NAE_ERA_R-2362_Emakeele_Selts, lk 38
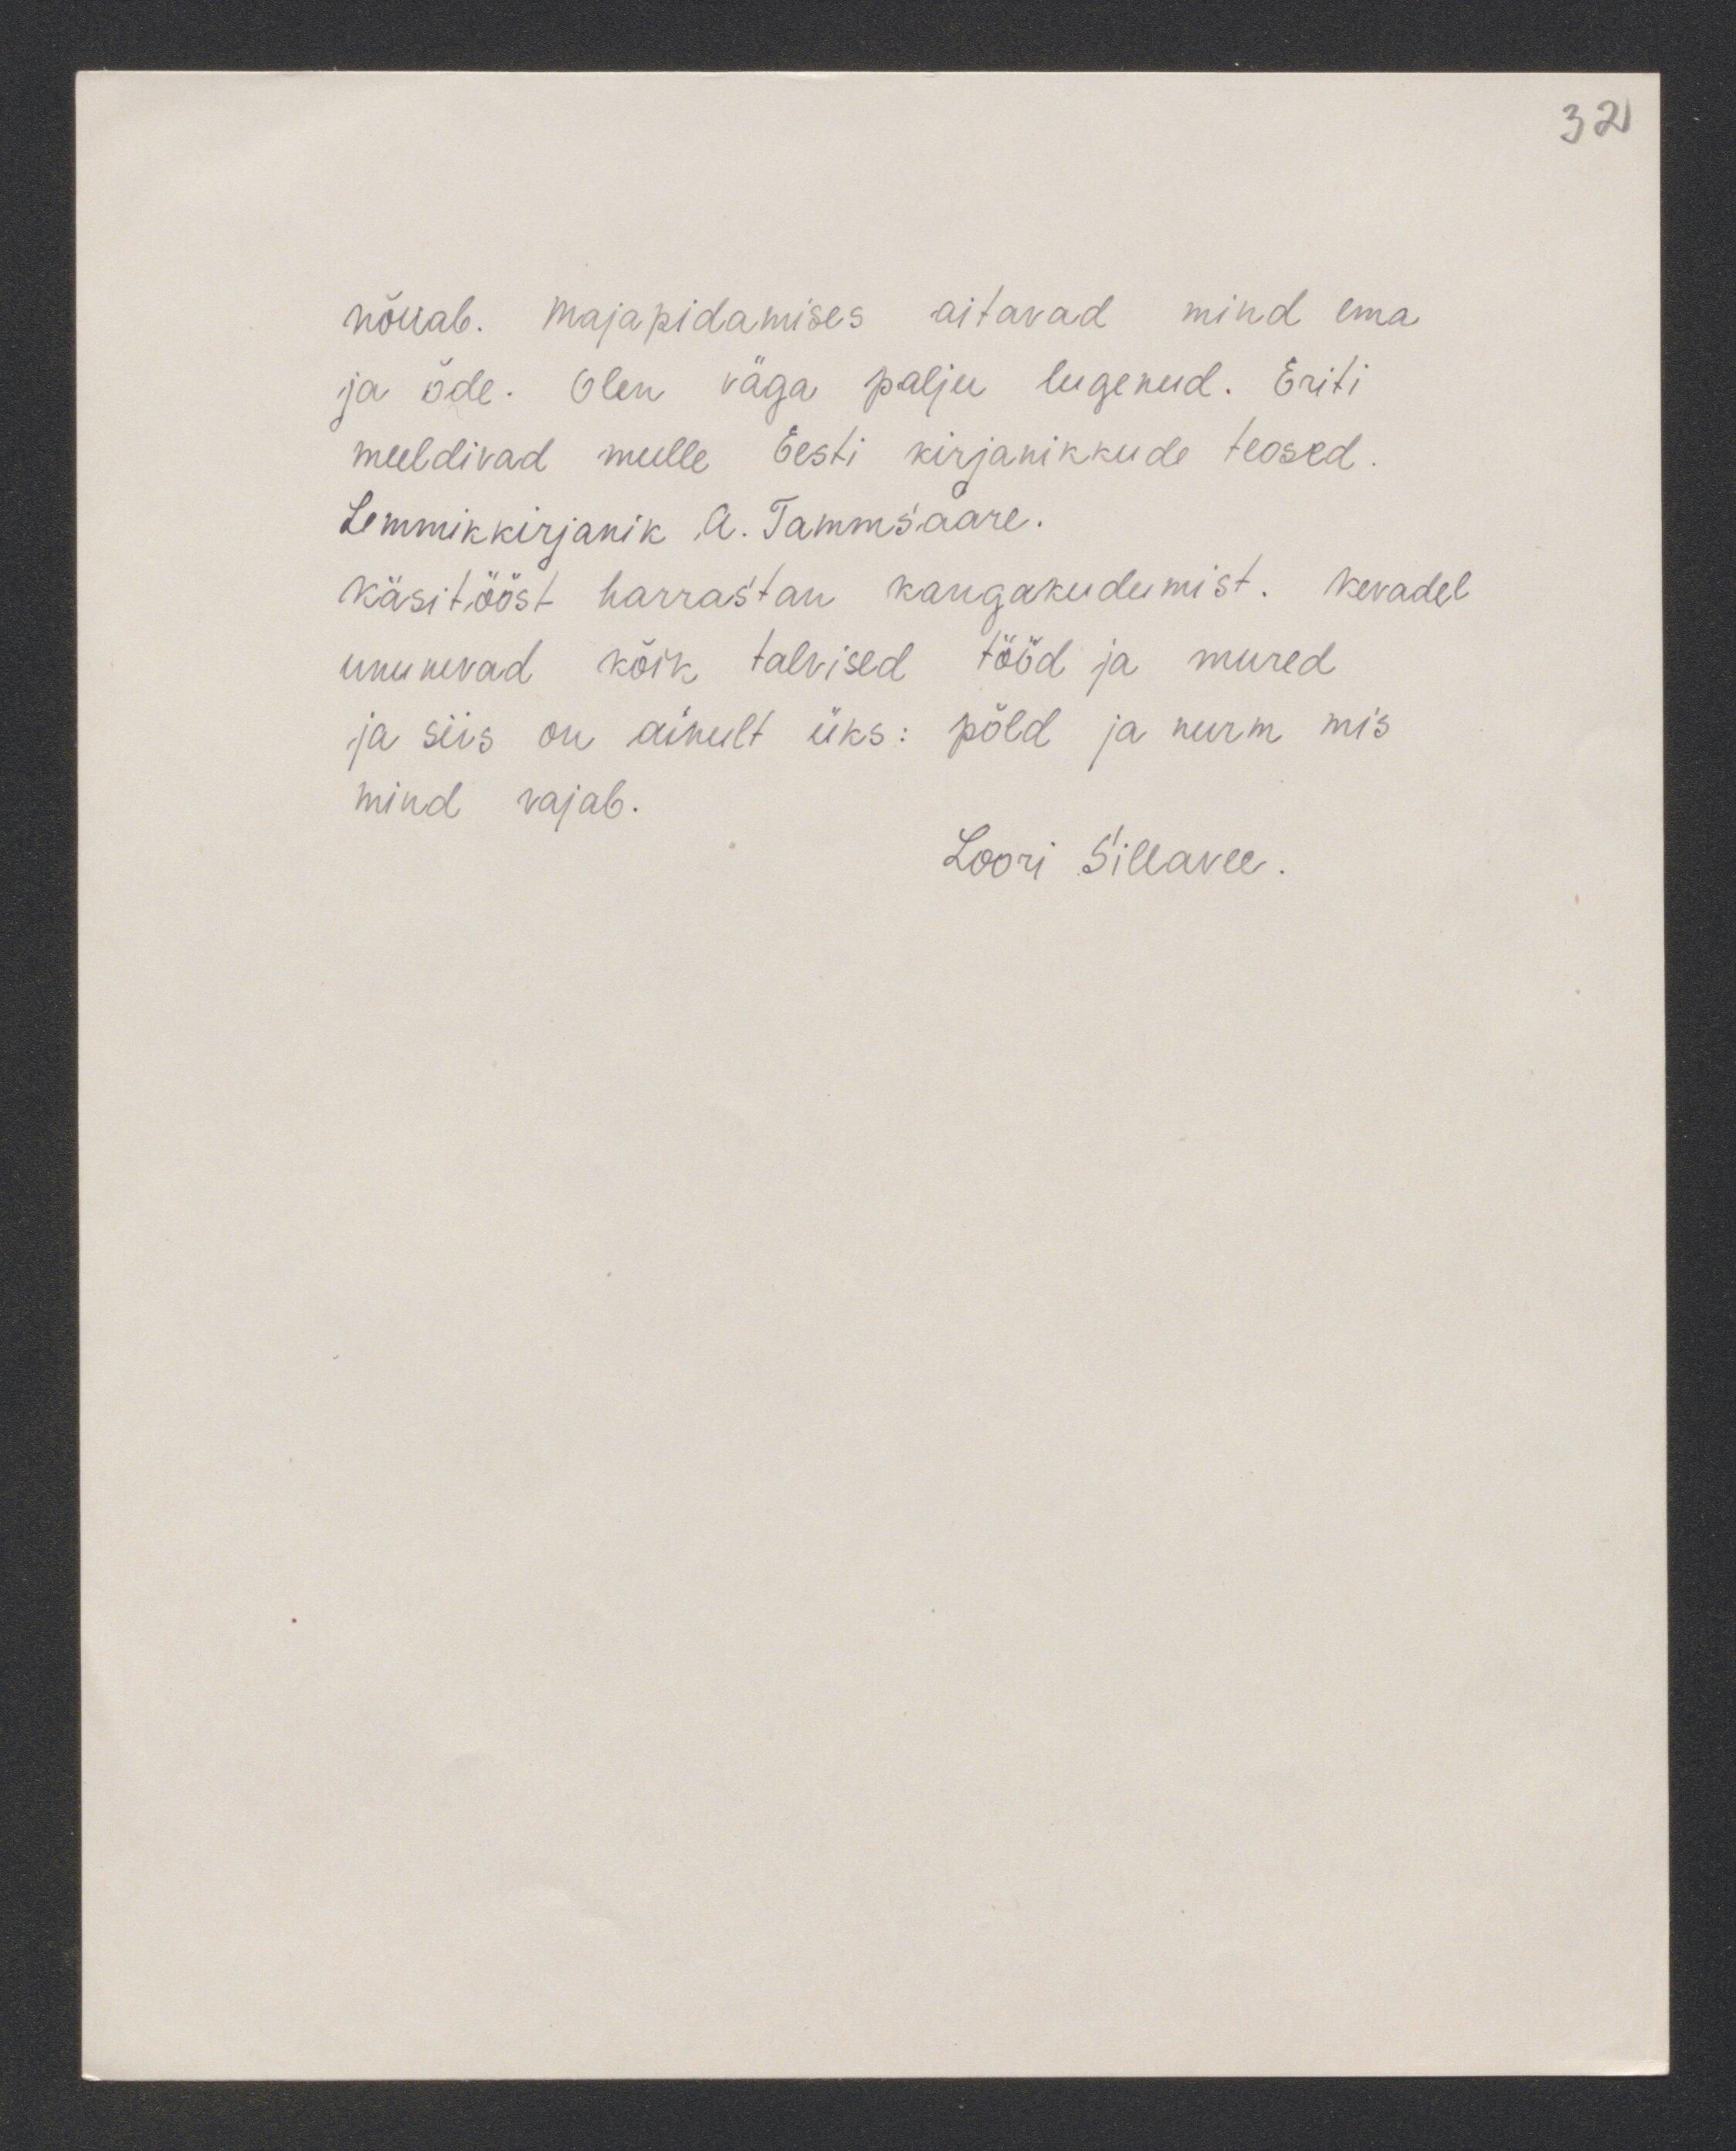
32

nõuab. Majapidamises aitavad mind ema
ja õde. Olen väga palju lugenud. Eriti
meeldivad mulle Eesti kirjanikkude teosed.
Lemmikkirjanik A. Tammsaare.
Käsitööst harrastan kangakudumist. Kevadel
ununevad kõik talvised tööd ja mured
ja siis on ainult üks: põld ja nurm mis
mind vajab.
Loori Sillavee.